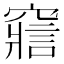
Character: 𥨉